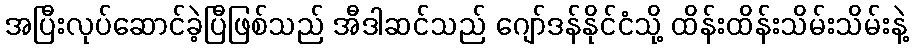
အပြီးလုပ်ဆောင်ခဲ့ပြီဖြစ်သည် အီဒါဆင်သည် ဂျော်ဒန်နိုင်ငံသို့ ထိန်းထိန်းသိမ်းသိမ်းနဲ့